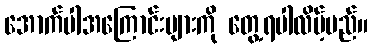
အောက်ပါအကြောင်းများကို တွေ့ရပါလိမ့်မည်။